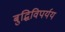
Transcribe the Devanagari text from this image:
बुद्धिविपर्यय